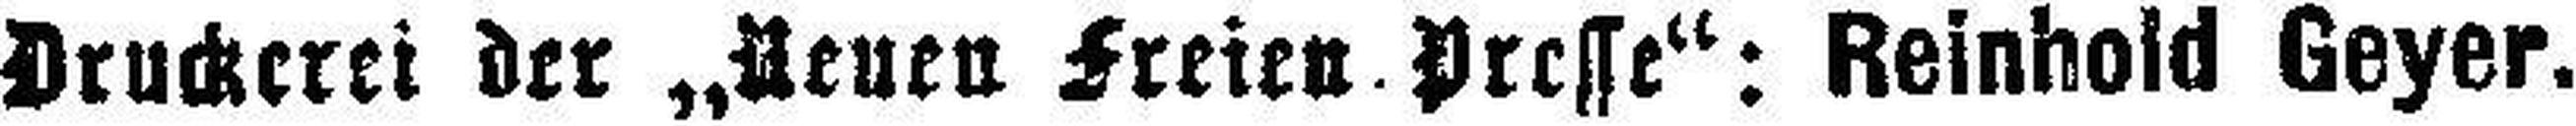
Druckerei der „Neuen Freien Presse“: Reinhold Geyer.